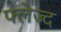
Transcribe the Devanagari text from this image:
फ्लेज्द